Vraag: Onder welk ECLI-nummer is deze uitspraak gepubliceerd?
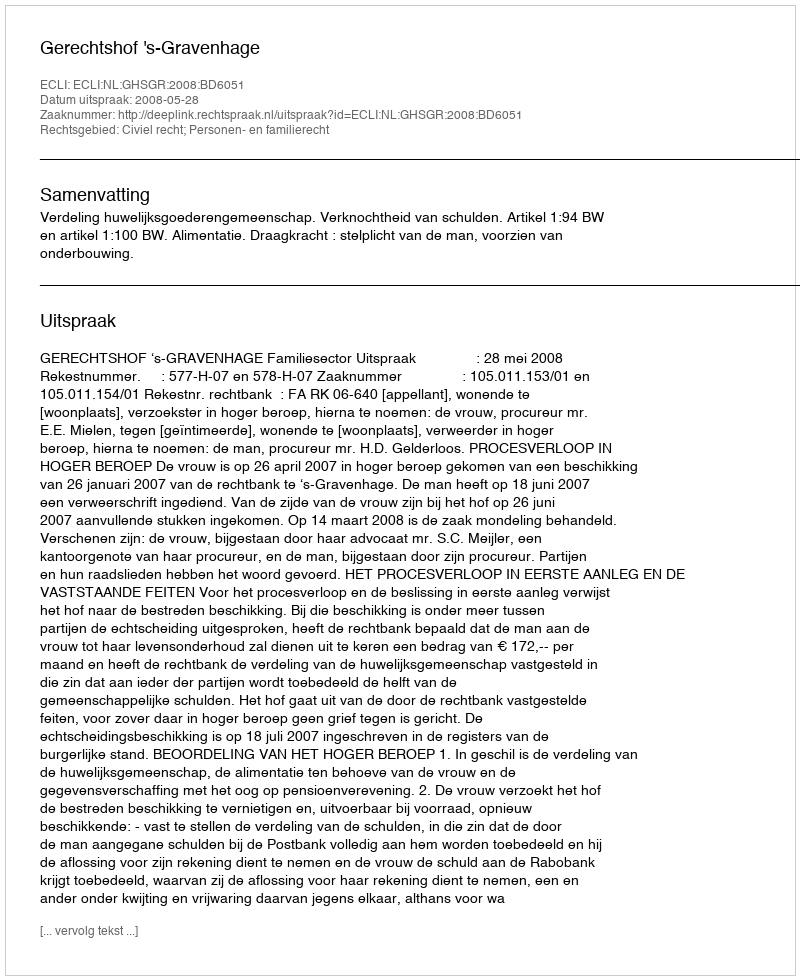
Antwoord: ECLI:NL:GHSGR:2008:BD6051